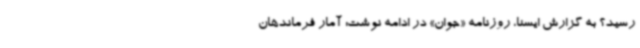
رسید؟ به گزارش ایسنا، روزنامه «جوان» در ادامه نوشت: آمار فرماندهان